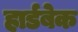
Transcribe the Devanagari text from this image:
हार्डबेक